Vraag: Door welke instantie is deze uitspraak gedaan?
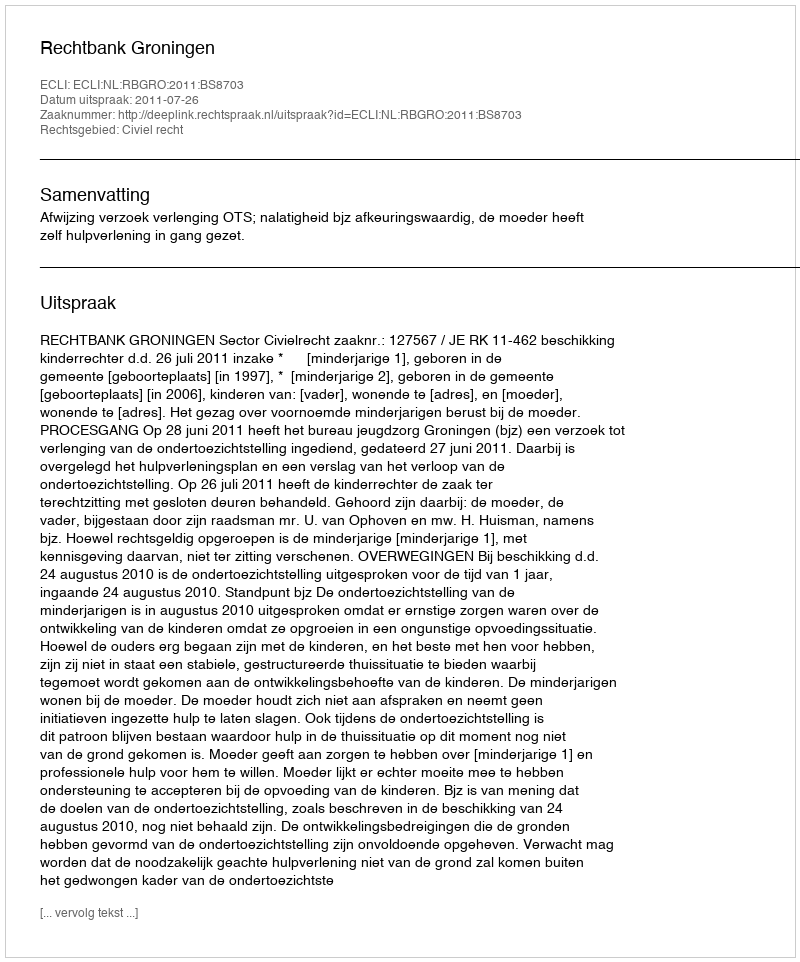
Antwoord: Rechtbank Groningen